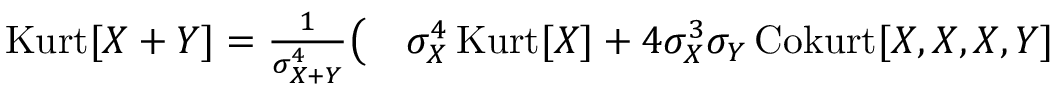
\begin{array} { r l } { \operatorname { K u r t } [ X + Y ] = { \frac { 1 } { \sigma _ { X + Y } ^ { 4 } } } { \big ( } } & { { } \sigma _ { X } ^ { 4 } \operatorname { K u r t } [ X ] + 4 \sigma _ { X } ^ { 3 } \sigma _ { Y } \operatorname { C o k u r t } [ X , X , X , Y ] } \end{array}